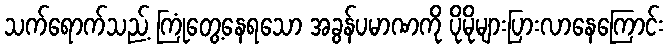
သက်ရောက်သည့် ကြုံတွေ့နေရသော အခွန်ပမာဏကို ပိုမိုများပြားလာနေကြောင်း